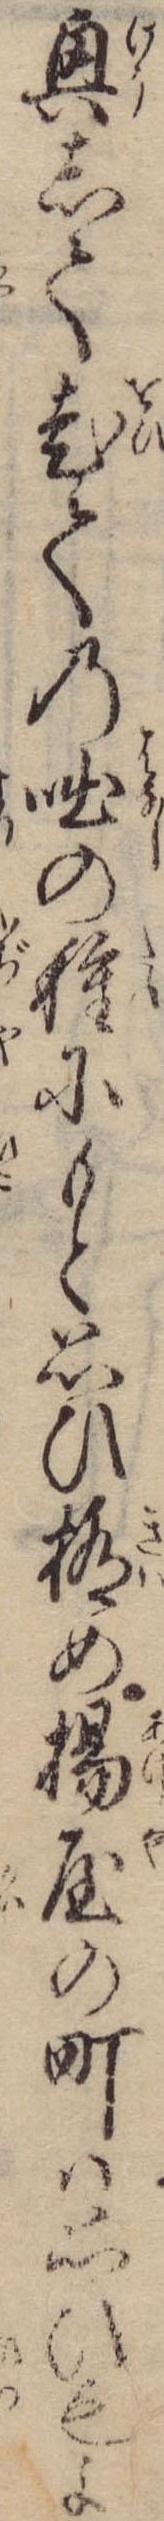
興して老ての咄の種にもと思ひ極め揚屋の町は思ひもよ